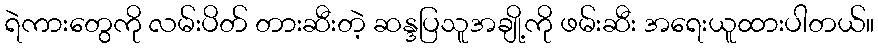
ရဲကားတွေကို လမ်းပိတ် တားဆီးတဲ့ ဆန္ဒပြသူအချို့ကို ဖမ်းဆီး အရေးယူထားပါတယ်။